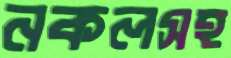
নকলসহ